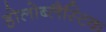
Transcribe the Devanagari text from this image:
होलोब्लैस्टिक